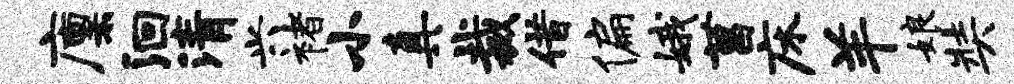
廪洄清兴褚小真裁借偏娥菖床羊娘奘